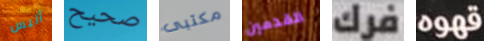
أليس صحيح مكتبى القدمين فرك قهوه